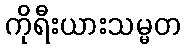
ကိုရီးယားသမ္မတ